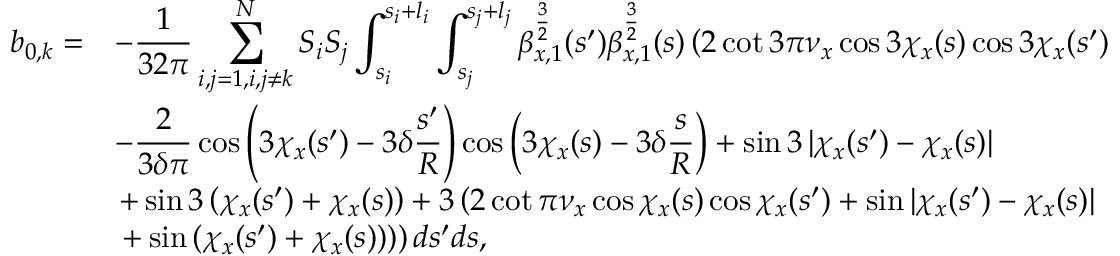
\begin{array} { c l } { \displaystyle b _ { 0 , k } = } & { \displaystyle - \frac { 1 } { 3 2 \pi } \sum _ { i , j = 1 , i , j \neq k } ^ { N } { S _ { i } S _ { j } \int _ { s _ { i } } ^ { s _ { i } + l _ { i } } \int _ { s _ { j } } ^ { s _ { j } + l _ { j } } { \beta _ { x , 1 } ^ { \frac { 3 } { 2 } } ( s ^ { \prime } ) \beta _ { x , 1 } ^ { \frac { 3 } { 2 } } ( s ) \left( 2 \cot { 3 \pi \nu _ { x } } \cos { 3 \chi _ { x } ( s ) } \cos { 3 \chi _ { x } ( s ^ { \prime } ) } \right. } } } \\ & { \displaystyle - \frac { 2 } { 3 \delta \pi } \cos { \left( 3 \chi _ { x } ( s ^ { \prime } ) - 3 \delta \frac { s ^ { \prime } } { R } \right) } \cos { \left( 3 \chi _ { x } ( s ) - 3 \delta \frac { s } { R } \right) } + \sin { 3 \left| \chi _ { x } ( s ^ { \prime } ) - \chi _ { x } ( s ) \right| } } \\ & { \left. + \sin { 3 \left( \chi _ { x } ( s ^ { \prime } ) + \chi _ { x } ( s ) \right) } + 3 \left( 2 \cot { \pi \nu _ { x } } \cos { \chi _ { x } ( s ) } \cos { \chi _ { x } ( s ^ { \prime } ) } + \sin { \left| \chi _ { x } ( s ^ { \prime } ) - \chi _ { x } ( s ) \right| } \right. \right. } \\ & { \left. \left. + \sin { \left( \chi _ { x } ( s ^ { \prime } ) + \chi _ { x } ( s ) \right) } \right) \right) d s ^ { \prime } d s , } \end{array}